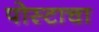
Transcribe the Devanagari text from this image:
पोस्टाचा